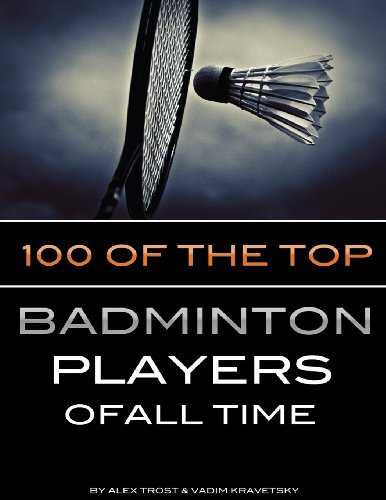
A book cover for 100 of the Top Badminton Players of All Time; Alex Trostanetskiy; Sports & Outdoors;